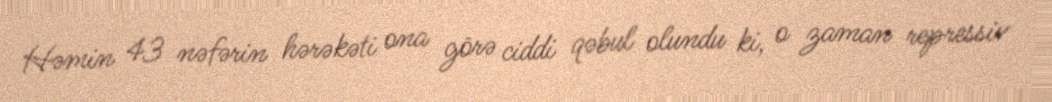
Həmin 43 nəfərin hərəkəti ona görə ciddi qəbul olundu ki, o zaman repressiv